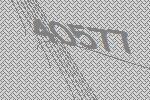
40577